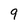
Character: 9